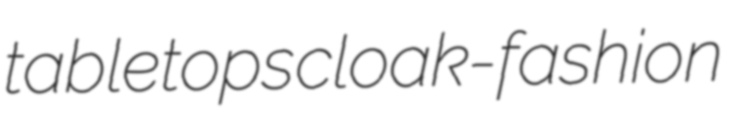
tabletops cloak-fashion